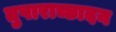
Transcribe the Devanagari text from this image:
तुषाराच्छादन